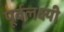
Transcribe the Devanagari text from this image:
पूर्वलक्ष्यी